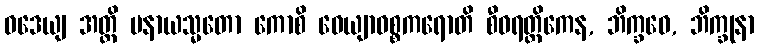
ဝဒေယျ အတ္ထိ ပနာယသ္မတော ကောစိ ဝေယျာဝစ္စကရောတိ စီဝရတ္ထိကေန, ဘိက္ခဝေ, ဘိက္ခုနာ